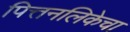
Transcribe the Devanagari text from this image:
पित्तनलिकेचा